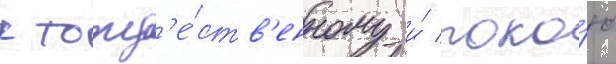
к тожд'е́ств'енному и́ поко́ю